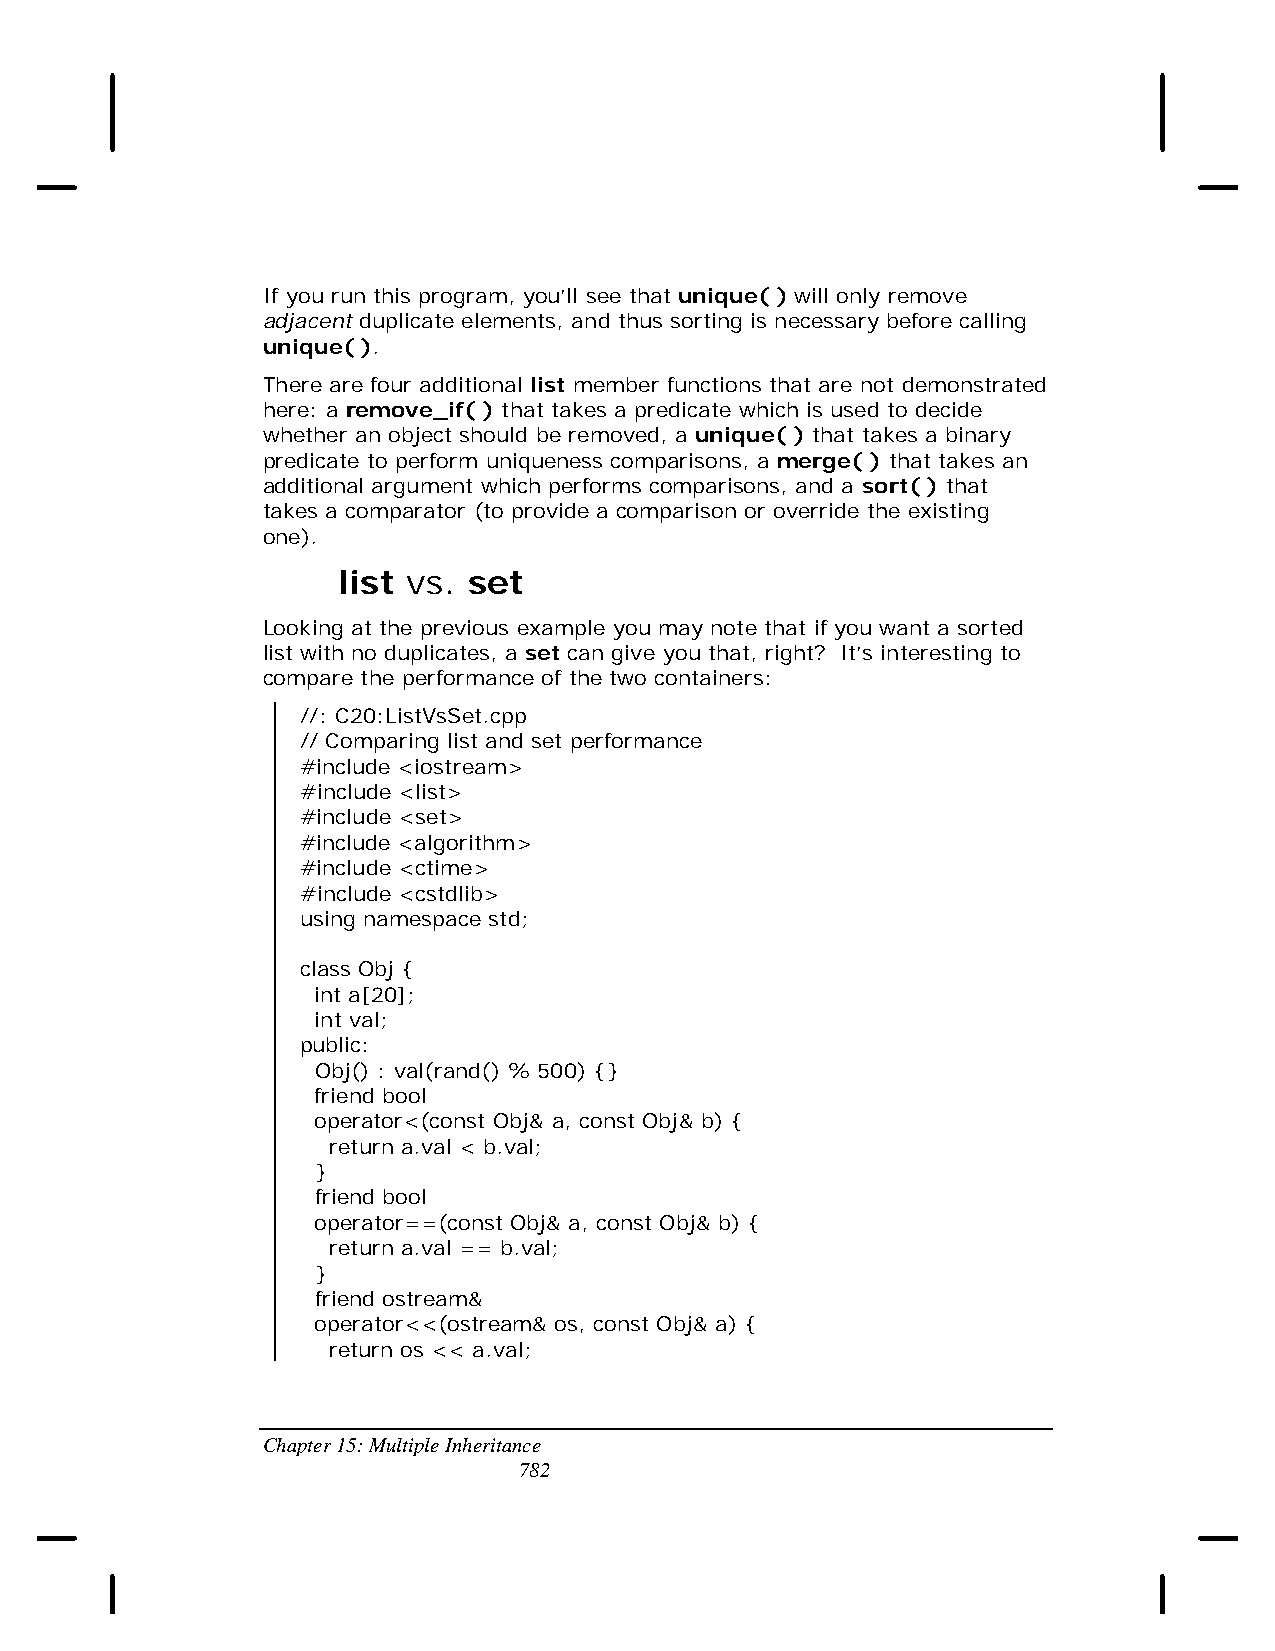
If you run this program, you’ll see that unique( ) will only remove
 adjacent duplicate elements, and thus sorting is necessary before calling
 unique( ).
 There are four additional list member functions that are not demonstrated
 here: a remove_if( ) that takes a predicate which is used to decide
 whether an object should be removed, a unique( ) that takes a binary
 predicate to perform uniqueness comparisons, a merge( ) that takes an
 additional argument which performs comparisons, and a sort( ) that
 takes a comparator (to provide a comparison or override the existing
 one).
 list vs. set
 Looking at the previous example you may note that if you want a sorted
 list with no duplicates, a set can give you that, right? It’s interesting to
 compare the performance of the two containers:
 //: C20:ListVsSet.cpp
 // Comparing list and set performance
 #include <iostream>
 #include <list>
 #include <set>
 #include <algorithm>
 #include <ctime>
 #include <cstdlib>
 using namespace std;
 class Obj {
 int a[20];
 int val;
 public:
 Obj() : val(rand() % 500) {}
 friend bool
 operator<(const Obj& a, const Obj& b) {
 return a.val < b.val;
 }
 friend bool
 operator==(const Obj& a, const Obj& b) {
 return a.val == b.val;
 }
 friend ostream&
 operator<<(ostream& os, const Obj& a) {
 return os << a.val;
 Chapter 15: Multiple Inheritance
 782